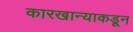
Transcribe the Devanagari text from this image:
कारखान्याकडून